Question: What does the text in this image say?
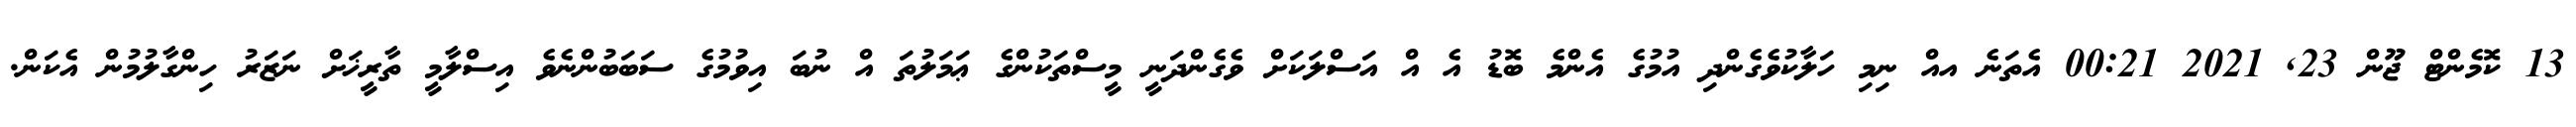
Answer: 13 ކޮމެންޓް ޖޫން 23, 2021 00:21 އެތަނެ އއް ނިމި ހަލާކުވެގެންދި އުމުގެ އެންމެ ބޮޑު އެ އް އަސްލަކަށް ވެގެންދަނީ މީސްތަކުންގެ ޢަމަލުތަ އް ނުބަ އިވުމުގެ ސަބަބުންނެވެ އިސްލާމީ ތާރީޚަށް ނަޒަރު ހިންގާލުމުން އެކަން.